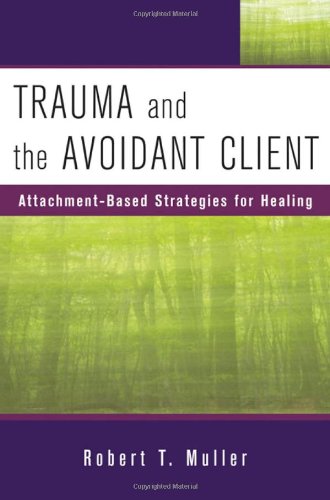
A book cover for Trauma and the Avoidant Client: Attachment-Based Strategies for Healing (Norton Professional Books); Robert T. Muller; Health, Fitness & Dieting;